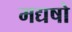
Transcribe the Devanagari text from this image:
मद्यषो